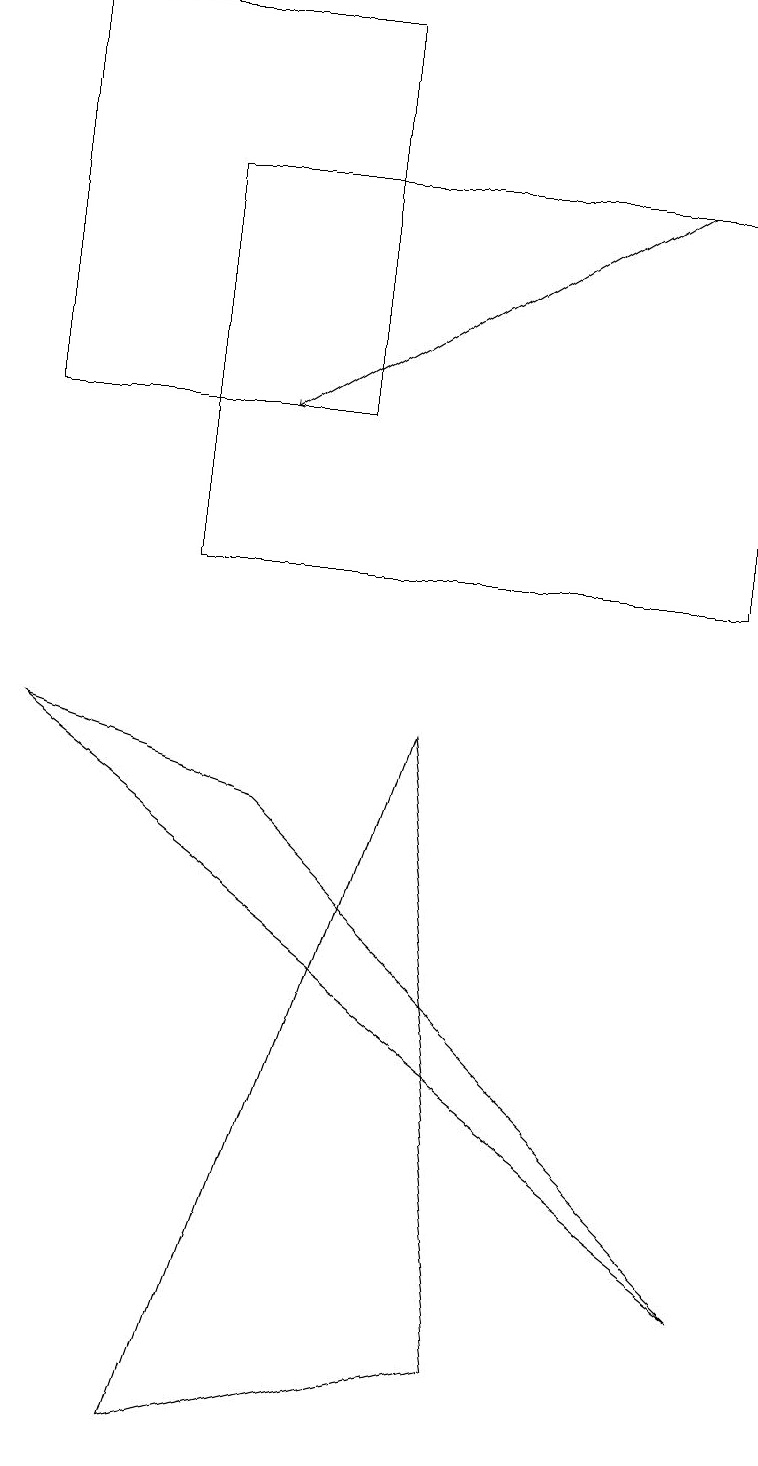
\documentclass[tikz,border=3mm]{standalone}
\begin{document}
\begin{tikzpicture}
\draw (5,9) -- (6,1) -- (2,0) -- cycle;
\draw (4,13) rectangle (0,18);
\draw[->] (8,16) -- (3,13);
\draw (0,9) -- (9,2) -- (3,8) -- cycle;
\draw (2,16) rectangle (9,11);
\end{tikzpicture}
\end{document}